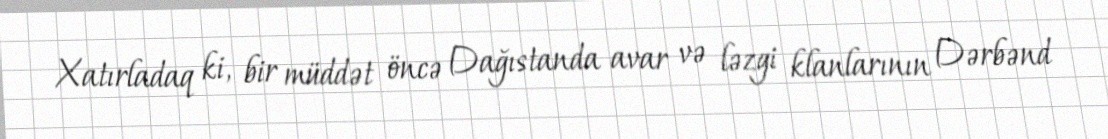
Xatırladaq ki, bir müddət öncə Dağıstanda avar və ləzgi klanlarının Dərbənd